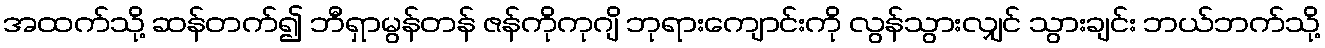
အထက်သို့ ဆန်တက်၍ ဘီရှာမွန်တန် ဇန်ကိုကုဂျိ ဘုရားကျောင်းကို လွန်သွားလျှင် သွားချင်း ဘယ်ဘက်သို့